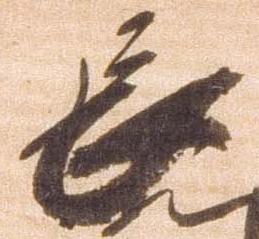
長